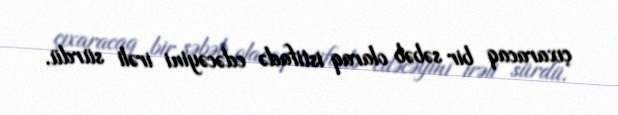
çıxaracaq bir səbəb olaraq istifadə edəcəyini irəli sürdü.